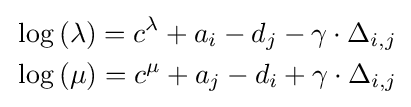
{\begin{aligned}&\log \left(\lambda \right)=c^{\lambda }+a_{i}-d_{j}-\gamma \cdot \Delta _{i,j}\\&\log \left(\mu \right)=c^{\mu }+a_{j}-d_{i}+\gamma \cdot \Delta _{i,j}\\\end{aligned}}